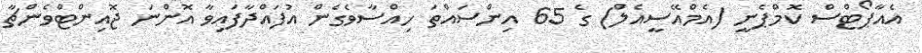
އެއާޕޯޓްސް ކޮމްޕެނީ (އެމްއޭސީއެލް) ގެ 65 އިންސައްތަ ހިއްސާވެގެން އުފައްދާފައިވާ އޮންނަ ޖޮއިންޓްވެންޗާ